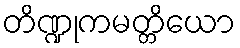
တိဏ္ဍုကမတ္တိယော